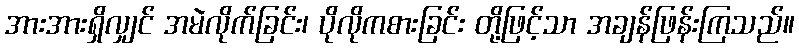
အားအားရှိလျှင် အမဲလိုက်ခြင်း၊ ပိုလိုကစားခြင်း တို့ဖြင့်သာ အချန်ဖြန်းကြသည်။